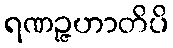
ရဏဉ္ဇဟာတိပိ